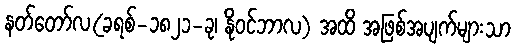
နတ်တော်လ(ခရစ်-၁၈၂၁-ခု၊ နိုဝင်ဘာလ) အထိ အဖြစ်အပျက်များသာ